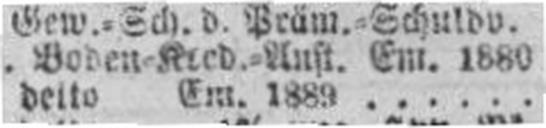
detto Em. 1889